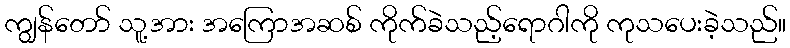
ကျွန်တော် သူ့အား အကြောအဆစ် ကိုက်ခဲသည့်ရောဂါကို ကုသပေးခဲ့သည်။